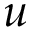
u